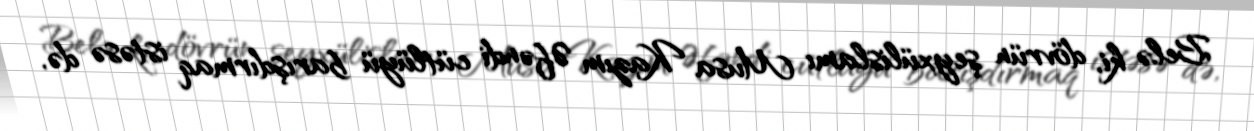
Belə ki, dövrün şeyxülislamı Musa Kazım Əfəndi cütlüyü barışdırmaq istəsə də,